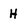
Character: H